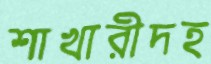
শাখারীদহ